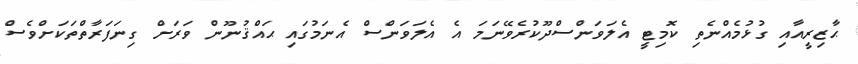
ޙާޒިރީއާއި ގުޅުމެއްނެތި ކޮމިޓީ އެލަވަންސްދޫކުރެވޭނަމަ އެ އެލަވަންސް އެނަމުގައި ޙައްޤުނޫން ވަރަށް ގިނަފަރާތްތަކަށްވެސް